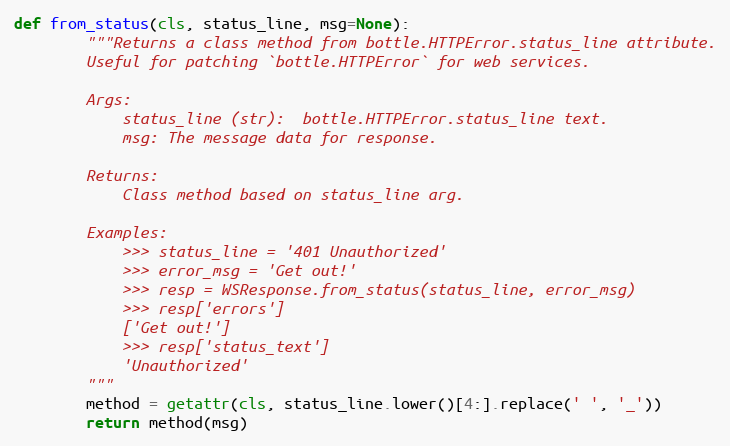
Language: Python
def from_status(cls, status_line, msg=None):
        """Returns a class method from bottle.HTTPError.status_line attribute.
        Useful for patching `bottle.HTTPError` for web services.

        Args:
            status_line (str):  bottle.HTTPError.status_line text.
            msg: The message data for response.

        Returns:
            Class method based on status_line arg.

        Examples:
            >>> status_line = '401 Unauthorized'
            >>> error_msg = 'Get out!'
            >>> resp = WSResponse.from_status(status_line, error_msg)
            >>> resp['errors']
            ['Get out!']
            >>> resp['status_text']
            'Unauthorized'
        """
        method = getattr(cls, status_line.lower()[4:].replace(' ', '_'))
        return method(msg)